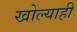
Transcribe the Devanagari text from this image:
खोल्याही